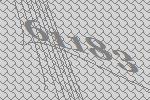
61183